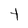
Character: t